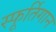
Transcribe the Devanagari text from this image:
स्फूर्तिगान